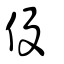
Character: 伇